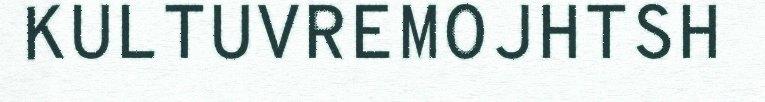
KULTUVREMOJHTSH